Civil Veterinary Department Bihar & Orissa reports 1922-29 - 1922-1929
Year: 1922
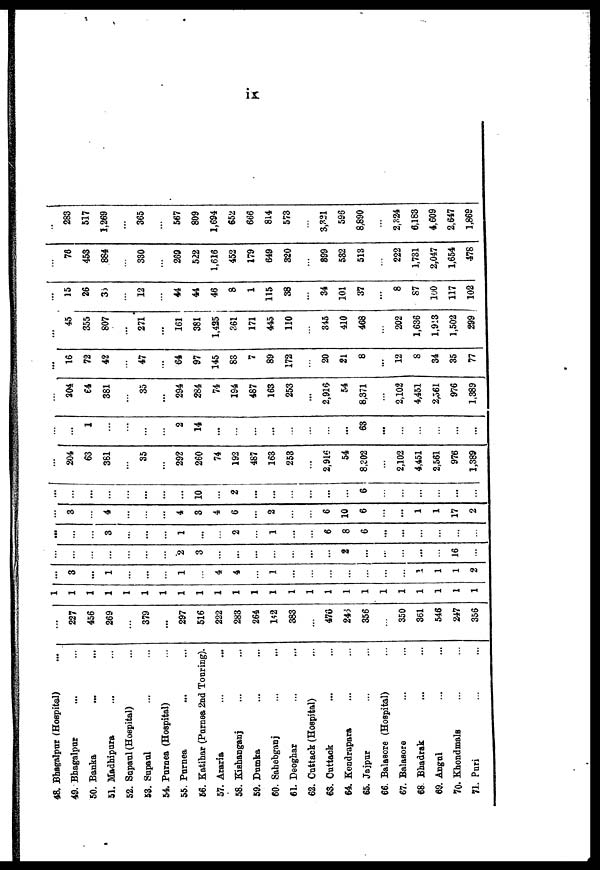
ix
48. Bhagalpur (Hospital) ...
49. Bhagalpur ... ...
50. Banka ... ...
51. Madhipura ... ...
52. Sapaul (Hospital) ...
53. Sapaul ... ...
54. Purnea (Hospital) ... ...
55. Purnea ... ...
56. Katihar (Purnea 2nd Touring).
57. Araria ...
58. Kishanganj ... ...
59. Dumka ... ...
60. Sahebganj ... ...
61. Deoghar ... ...
62. Cuttack (Hospital) ...
63. Cnttack ... ...
64. Kendrapara ... ...
65. Jajpur ... ...
66. Balasore (Hospital) ...
67. Balassore ... ...
68 Bhadrak ... ...
69. Angul ... ...
70. Khondmals ... ...
71. Puri ... ...
...
227
456
269
...
379
...
297
516
222
283
264
142
383
...
476
246
356
...
350
361
546
247
356
1
1
1
1
1
1
1
1
1
1
1
1
1
1
1
1
1
1
1
1
1
1
1
1
...
3
...
1
...
...
...
1
...
4
4
...
1
...
...
...
...
...
...
...
1
1
1
2
...
...
...
...
...
...
...
2
3
...
...
...
...
...
...
2
...
...
...
...
...
16
...
...
...
...
3
...
...
...
1
...
...
2
...
1
...
...
6
8
6
...
...
...
...
...
...
...
3
...
4
...
...
...
4
3
4
6
...
2
...
...
6
10
6
...
...
1
1
17
2
...
...
...
...
...
...
...
...
10
...
2
...
...
...
...
...
...
6
...
...
...
...
...
...
204
63
381
...
35
...
292
260
74
192
487
163
253
...
2,916
54
8,202
...
2,102
4,451
2,561
976
1,389
...
...
1
...
...
...
...
2
14
...
...
...
...
...
...
...
...
63
...
...
...
...
...
...
...
204
64
381
...
35
...
294
284
74
194
487
163
253
...
2,916
54
8,371
...
2,102
4,451
2,561
976
1,389
...
16
72
42
...
47
...
64
97
145
83
7
89
172
...
20
21
8
...
12
8
34
35
77
...
45
355
807
...
271
...
161
381
1,425
361
171
445
110
...
345
410
468
...
202
1,636
1,913
1,502
299
...
15
26
32
...
12
...
44
44
46
8
1
115
38
...
34
101
37
...
8
87
100
117
102
...
76
453
884
...
330
...
269
522
1,616
452
179
649
320
...
899
532
513
...
222
1,731
2,047
1,654
478
...
283
517
1,269
...
365
...
567
809
1,694
652
666
814
573
...
3,321
596
8,890
...
2,324
6,183
4,609
2,647
1,869